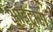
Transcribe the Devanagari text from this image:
आईट्रांस